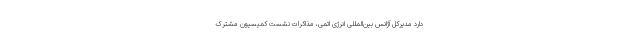
دارد مدیرکل آژانس بین‌المللی انرژی اتمی، مذاکرات نشست کمیسیون مشترک